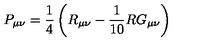
P _ { \mu \nu } = \frac { 1 } { 4 } \left( R _ { \mu \nu } - \frac { 1 } { 1 0 } R G _ { \mu \nu } \right)